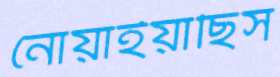
নোয়াইয়াছিস